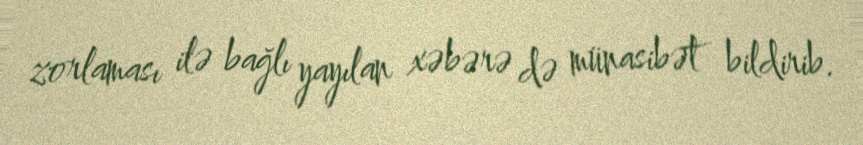
zorlaması ilə bağlı yayılan xəbərə də münasibət bildirib.